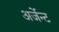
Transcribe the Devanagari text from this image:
अर्जेन्ट